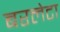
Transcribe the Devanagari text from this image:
बरलेटा